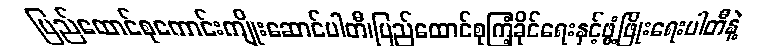
ပြည်ထောင်စုကောင်းကျိုးဆောင်ပါတီ၊ပြည်ထောင်စုကြံ့ခိုင်ရေးနှင့်ဖွံ့ဖြိုးရေးပါတီနဲ့